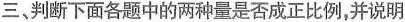
三，判断下面各题中的两种量是否成正比例，并说明